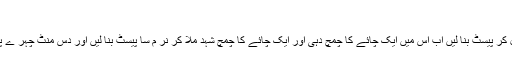
پپیتا کا ماسک
آدھا کپ پپیتے کا گو دا نکال کر پیسٹ بنا لیں اب اس میں ایک چائے کا چمچ دہی اور ایک چائے کا چمچ شہد ملا کر نر م سا پیسٹ بنا لیں اور دس منٹ چہر ے پر لگارہنے کے بعد دھو لیں۔